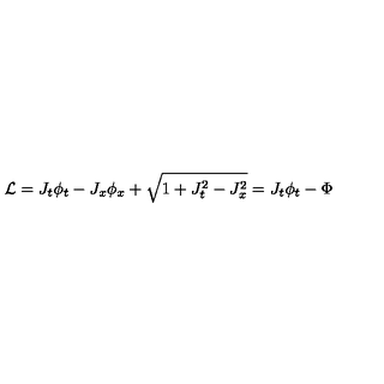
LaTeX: \mathcal { L } = J _ { t } \phi _ { t } - J _ { x } \phi _ { x } + \sqrt { 1 + J _ { t } ^ { 2 } - J _ { x } ^ { 2 } } = J _ { t } \phi _ { t } - \Phi